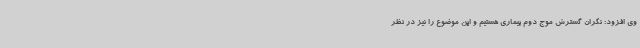
وی افزود: نگران گسترش موج دوم بیماری هستیم و این موضوع را نیز در نظر